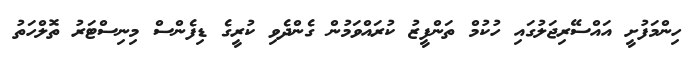
ހިންމަފުށީ އައްސޭރިޖަލުގައި ހުކުމް ތަންފީޒު ކުރައްވަމުން ގެންދެވި ކުރީގެ ޑިފެންސް މިނިސްޓަރު ތޮލްހަތު